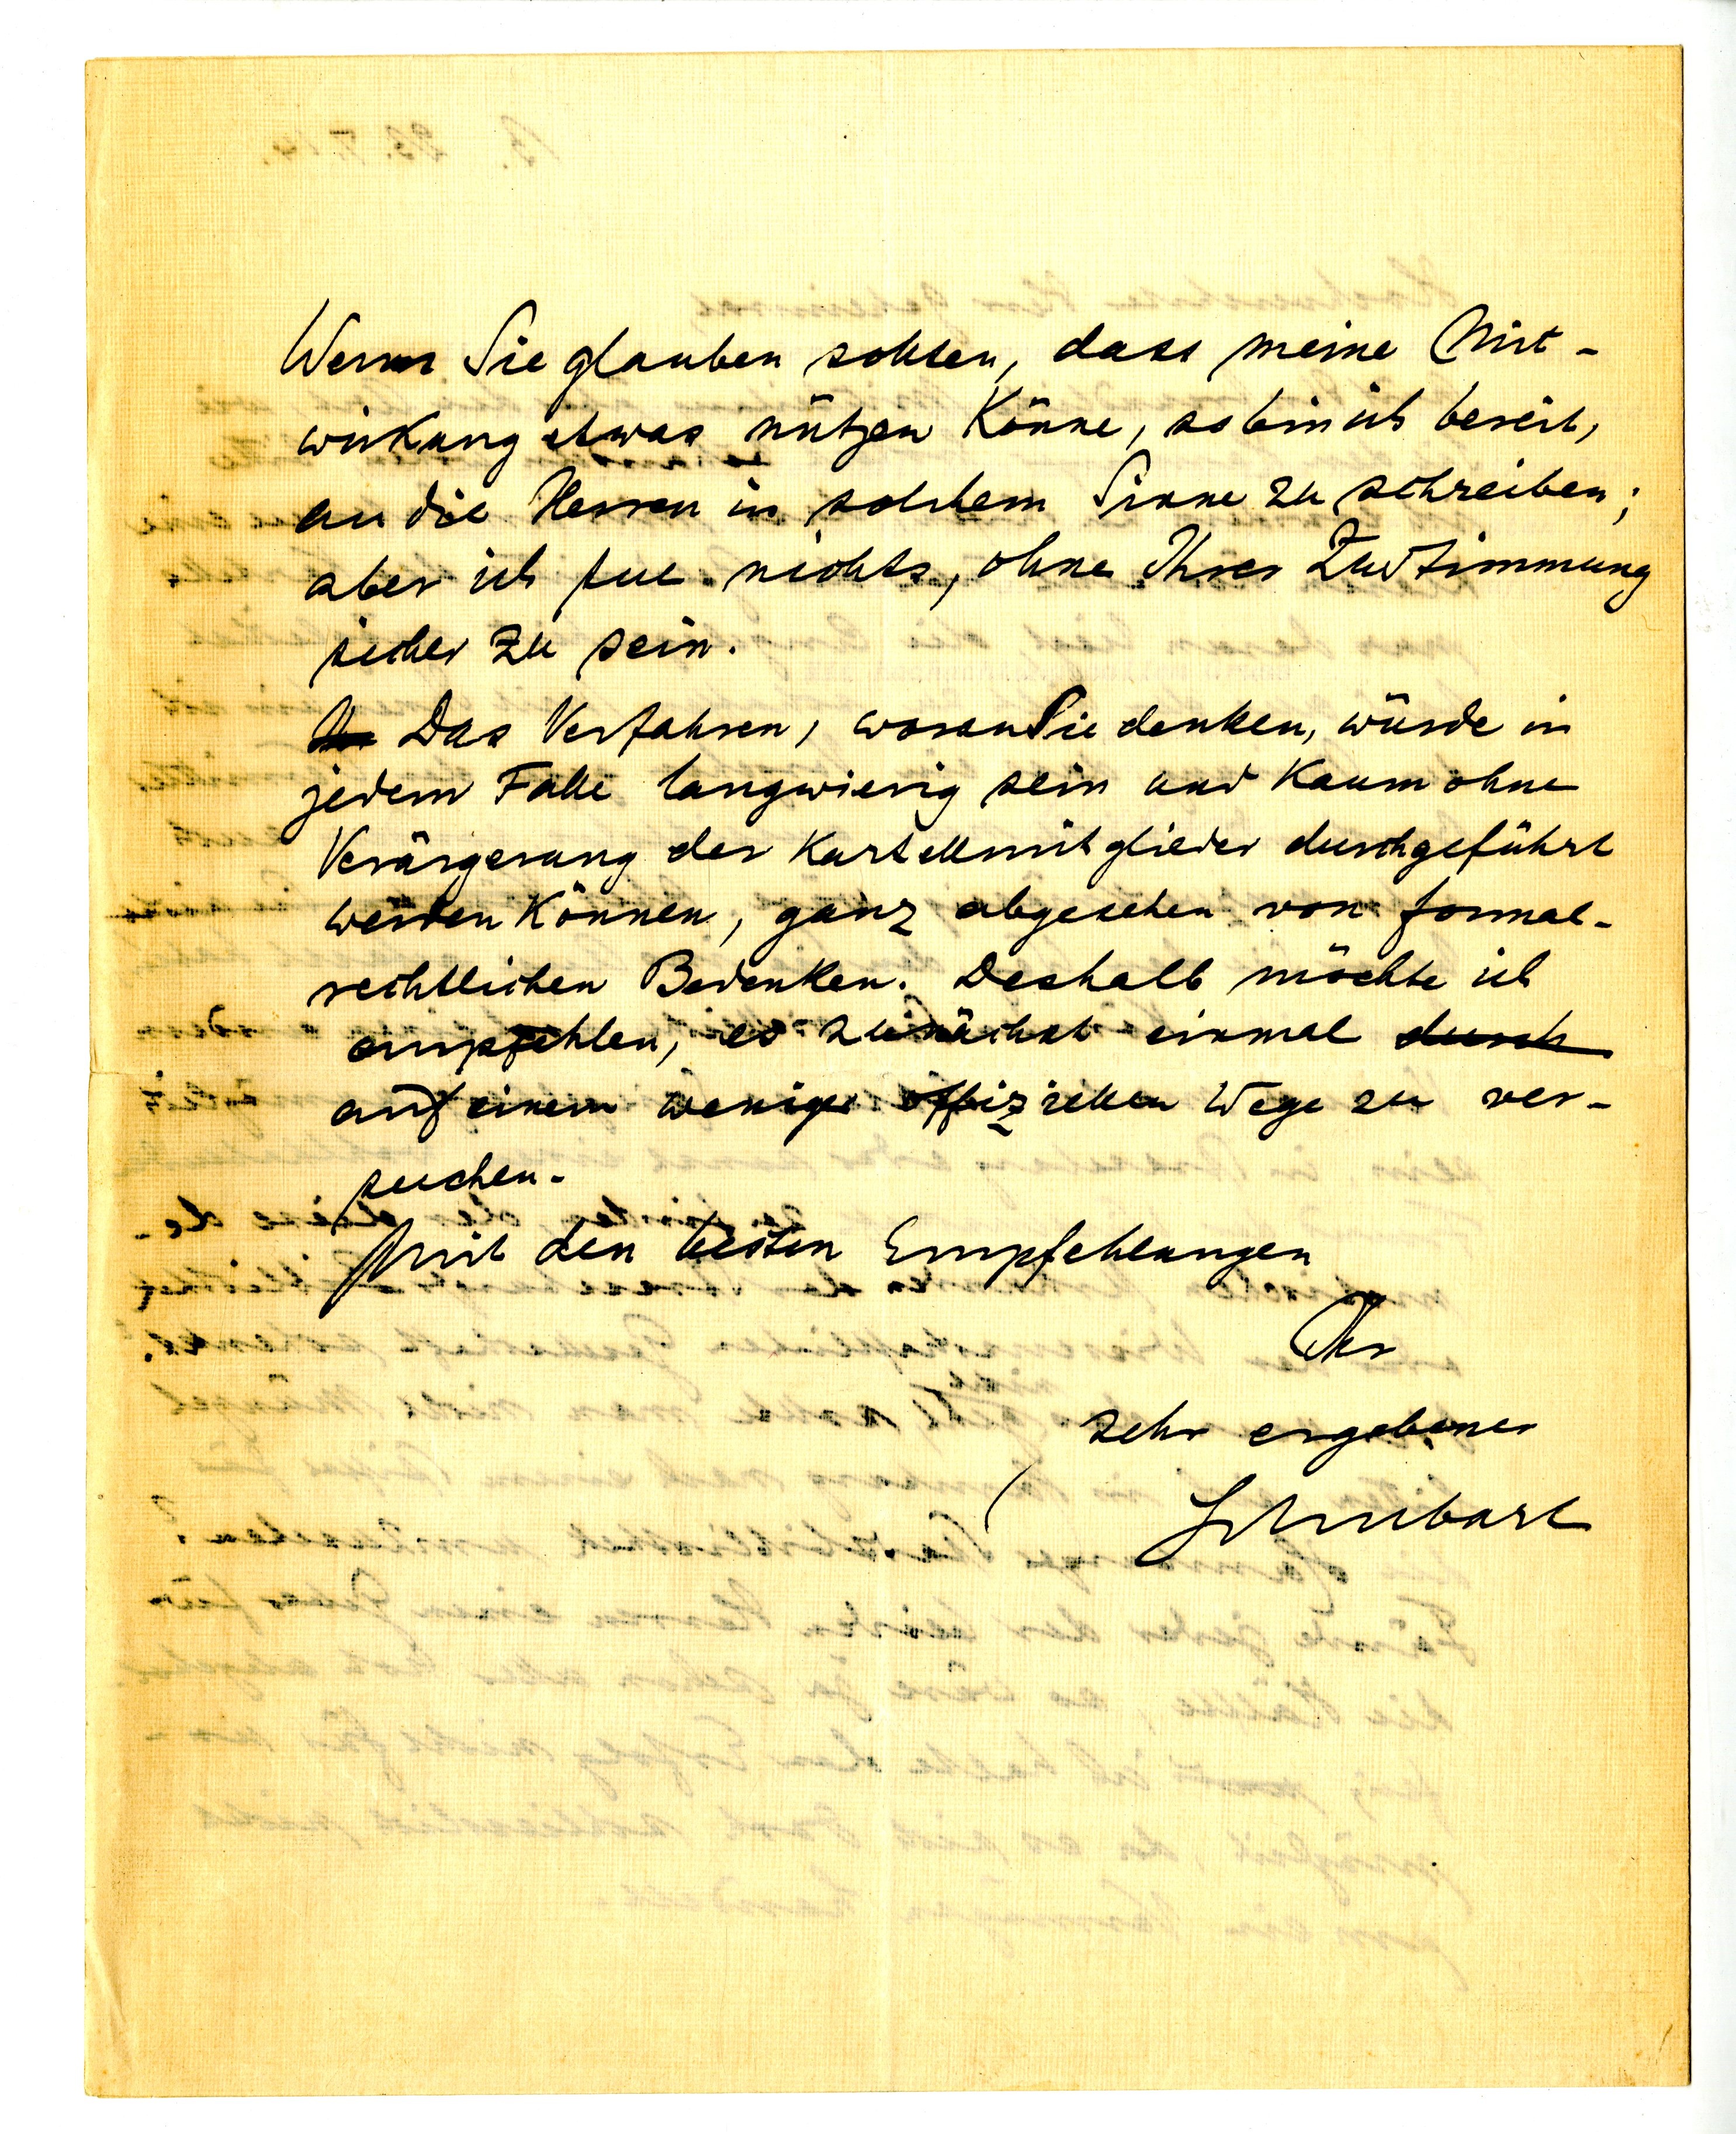
Wenn Sie glauben sollten, dass meine Mit¬
wirkung etwas nützen könne, so bin ich bereit,
an die Herren in solchem Sinne zu schreiben;
aber ich tue nichts, ohne Ihrer Zustimmung
sicher zu sein.
Das Verfahren, woran Sie denken, würde in
jedem Falle langwierig sein und kaum ohne
Verärgerung der Kartellmitglieder durchgeführt
werden können, ganz abgesehen von formal
rechtlichen Bedenken. Deshalb möchte ich
empfehlen, es zunächst einmal
auf einem weniger offiziellen Wege zu ver¬
suchen.
Mit den besten Empfehlungen
Ihr
sehr ergebner
Schubart